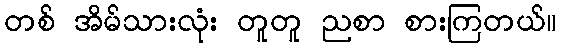
တစ် အိမ်သားလုံး တူတူ ညစာ စားကြတယ်။